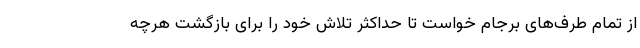
از تمام طرف‌های برجام خواست تا حداکثر تلاش خود را برای بازگشت هرچه